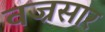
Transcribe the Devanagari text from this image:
वज्रसार